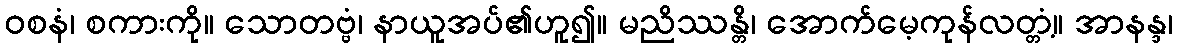
ဝစနံ၊ စကားကို။ သောတဗ္ဗံ၊ နာယူအပ်၏ဟူ၍။ မညိဿန္တိ၊ အောက်မေ့ကုန်လတ္တံ့။ အာနန္ဒ၊